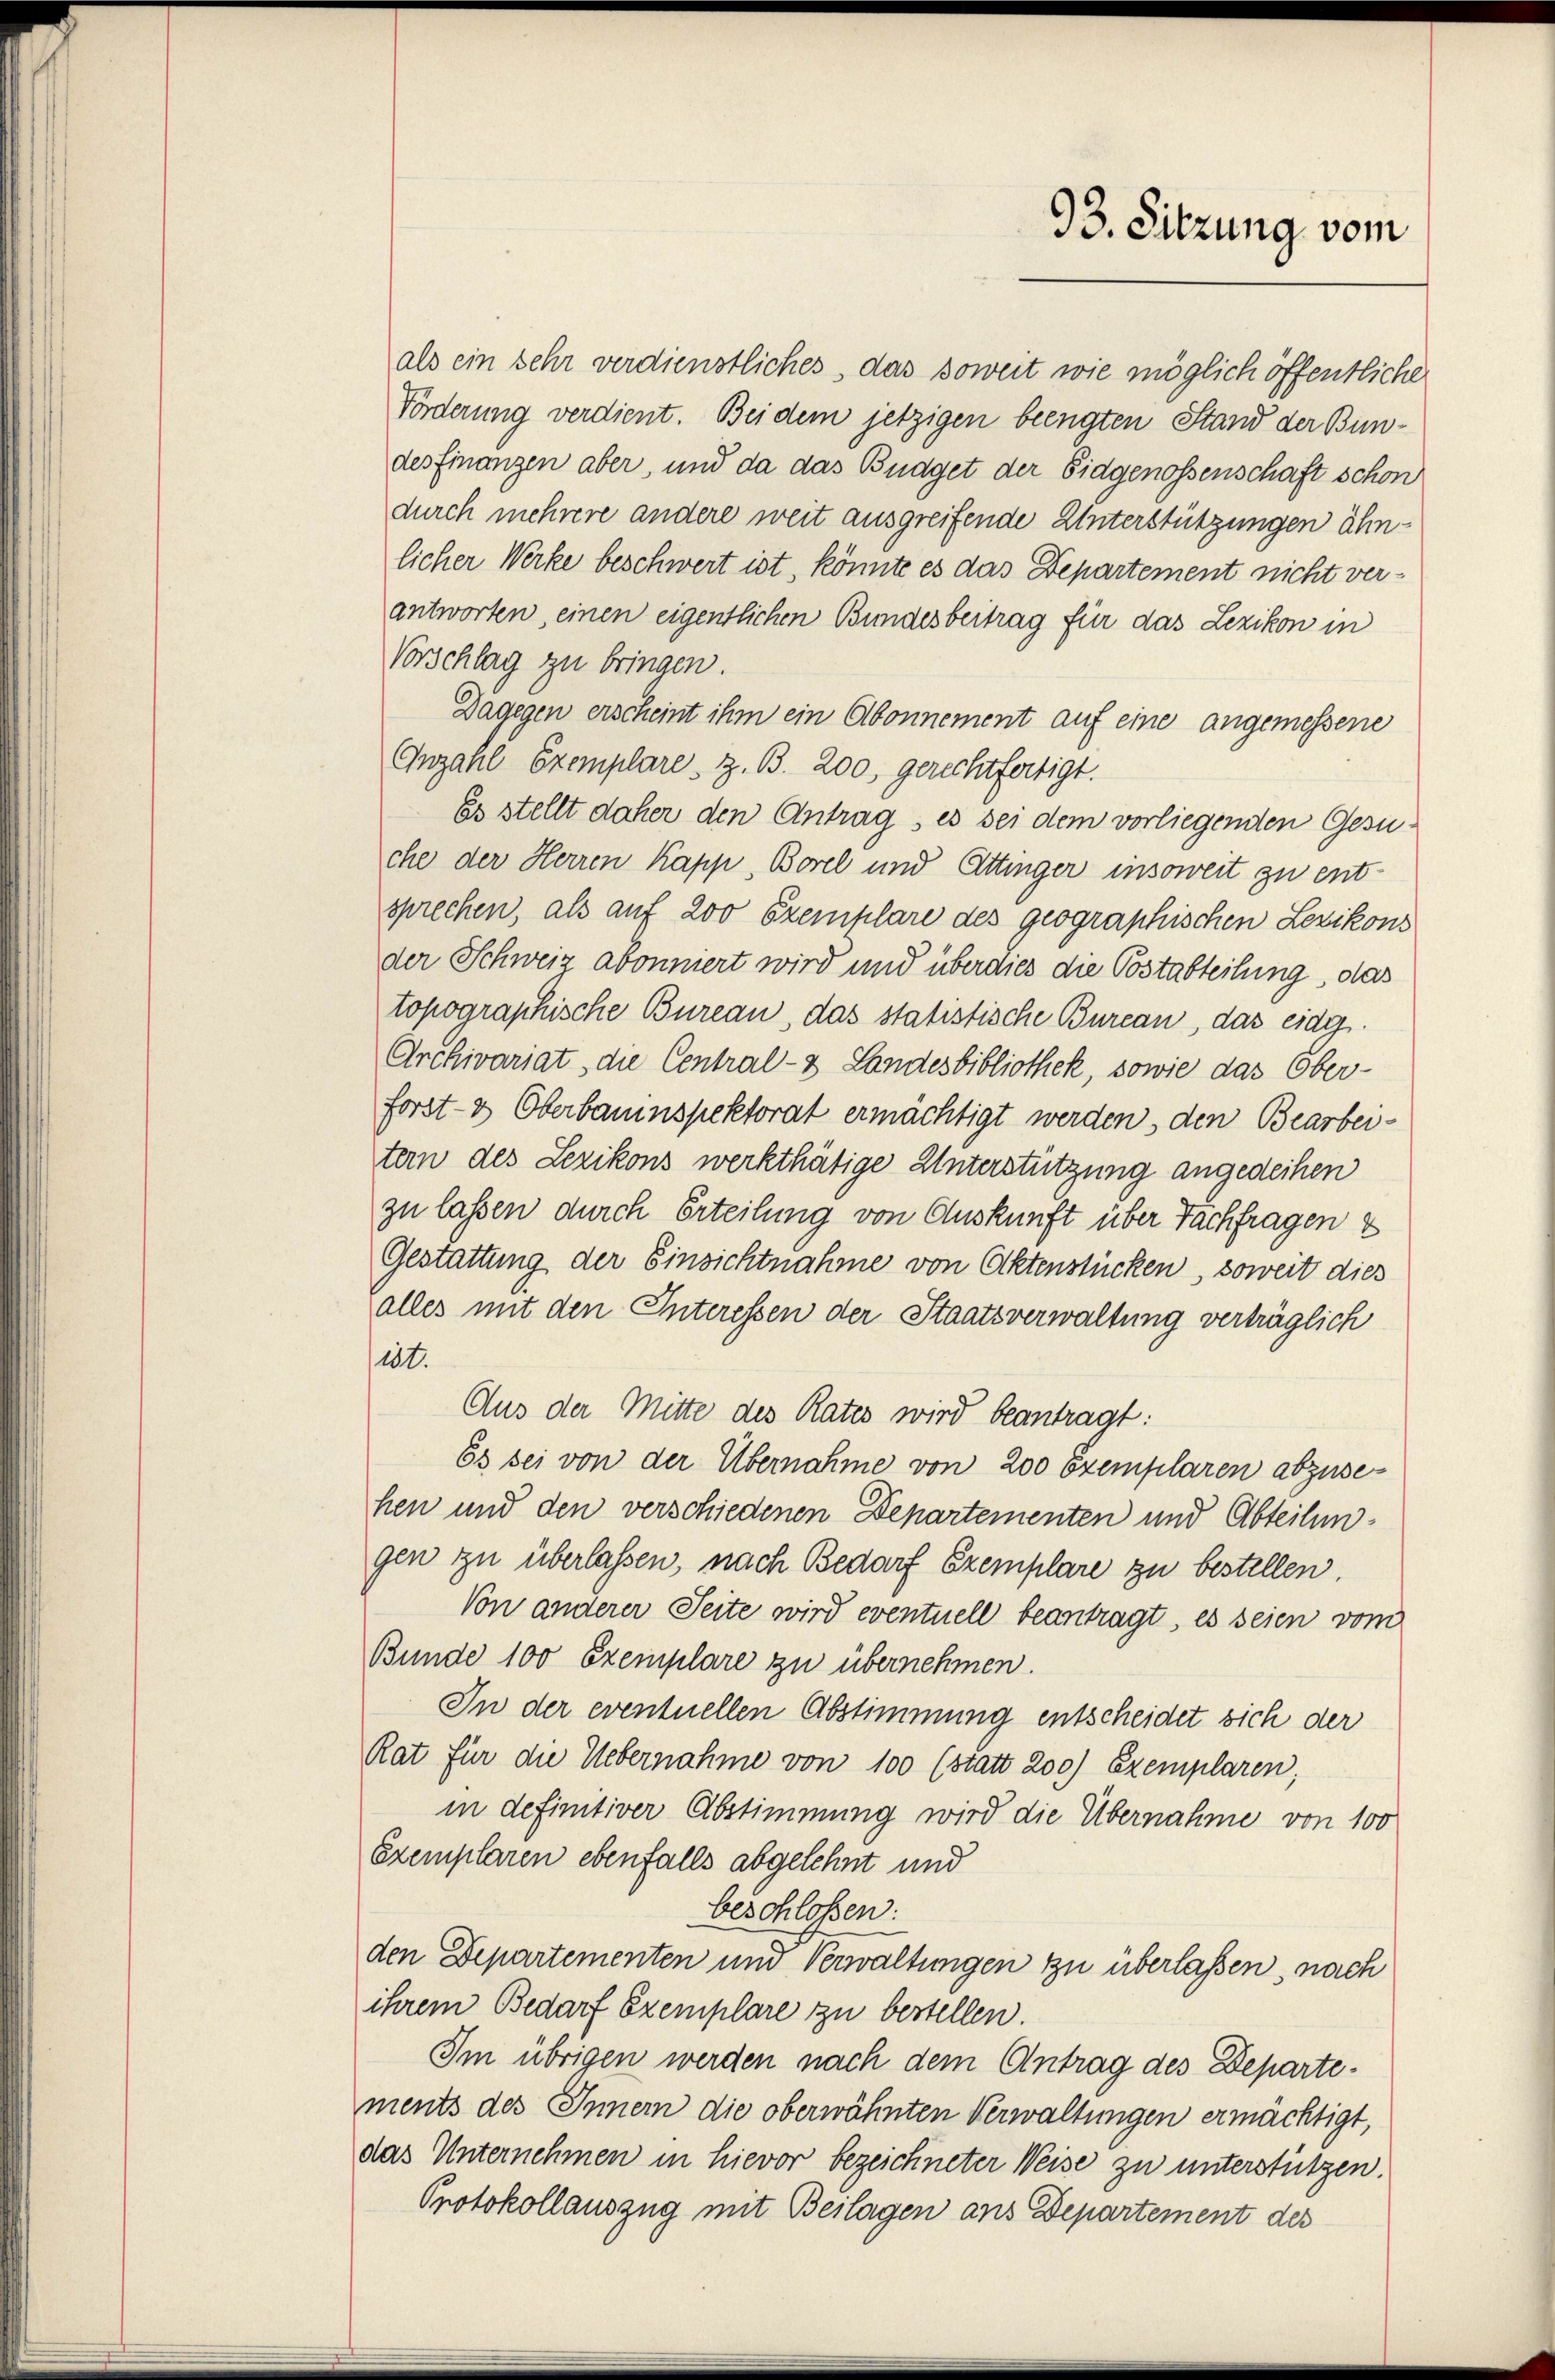
als ein sehr verdienstliches, das soweit wie möglich öffentliche
Förderung verdient. Bei dem jetzigen beengten Stand der Bundesfinanzen aber, und da das Budget der Eidgenossenschaft schon
durch mehrere andere weit ausgreifende Unterstützungen ähn-
licher Werke beschwert ist, könnte es das Departement nicht ver-
antworten, einen eigentlichen Bundesbeitrag für das Lezikon in
Vorschlag zu bringen.
Dagegen erscheint ihm ein Abonnement auf eine angemessene
Anzahl Exemplare, z. B. 200, gerechtfertigt.
Es stellt daher den Antrag, es sei dem vorliegenden Gesuche der Herren Kapp, Borel und Ettinger insoweit zu entsprechen, als auf 200 Exemplare des geographischen Lezikons
der Schweiz abonniert wird und über dies die Postabteilung, das
topographische Bureau, das statistische Bureau, das eidg.
Archivariat, die Central- & Landesbibliothek, sowie das Ober-
forst- & Oberbauinspektorat ermächtigt werden, den Bearbeitern des Lezikons werkthätige Unterstützung angedeihen
zu lassen durch Erteilung von Auskunft über Fachfragen &
Gestattung der Einsichtnahme von Aktenstücken, soweit dies
alles mit den Interessen der Staatsverwaltung verträglich
iet.
Aus der Mitte des Rates wird beantragt:
Es sei von der Übernahme von 200 Exemplaren abzusehen und den verschiedenen Departementen und Abteilungen zu überlassen, nach Bedarf Exemplare zu bestellen.
Von anderer Seite wird eventuell beantragt, es seien vom
Bunde 100 Exemplare zu übernehmen.
In der eventuellen Abstimmung entscheidet sich der
Rat für die Uebernahme von 100 (statt 200 Exemplaren,
in definitiver Abstimmung wird die Übernahme von 100
Exemplaren ebenfalls abgelehnt und
beschloßen:
den Departementen und Verwaltungen zu überlassen, nach
ihrem Bedarf Exemplare zu bestellen.
Im übrigen werden nach dem Antrag des Departements des Inner die oberwähnten Verwaltungen ermächtigt,
das Unternehmen in hievor bezeichneter Weise zu unterstützen.
Protokollauszug mit Beilagen ans Departement des

93. Sitzung vom